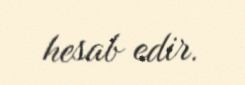
hesab edir.